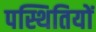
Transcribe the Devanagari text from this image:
पस्थितियों